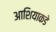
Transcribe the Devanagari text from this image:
आशियाकडे